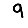
Digit: 9